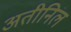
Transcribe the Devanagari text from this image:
अतीनिल